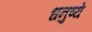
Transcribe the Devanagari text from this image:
धनुष्ये